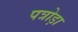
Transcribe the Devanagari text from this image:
पत्रोड़ा